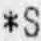
*S